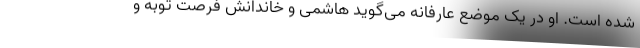
شده است. او در یک موضع عارفانه می‌گوید هاشمی و خاندانش فرصت توبه و